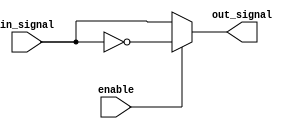
module Combinational_logic_blocks (
    input wire in_signal,
    input wire enable,
    output wire out_signal
);

assign out_signal = enable ? ~in_signal : in_signal;

endmodule